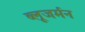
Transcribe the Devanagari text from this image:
ब्लूजर्मन